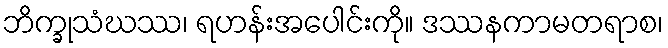
ဘိက္ခုသံဃဿ၊ ရဟန်းအပေါင်းကို။ ဒဿနကာမတရာစ၊